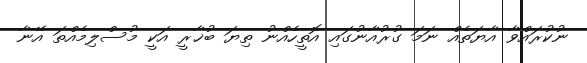
ނުކުރައްވާ އާޔަތެއް ނަމަ ގުރުއާނުގައި އޮތީހެއްނު ތިޔަ ބުޚާރީ އަކީ މުސްލިމެއްތަ އޭނާ